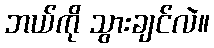
ဘယ်ကို သွားချင်လဲ။